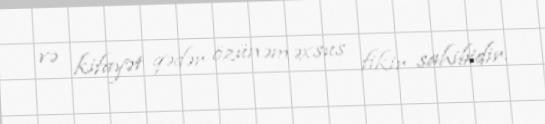
və kifayət qədər özünəməxsus fikir sahibidir.